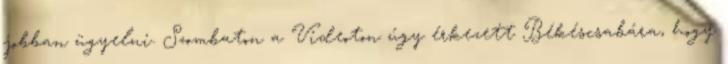
jobban ügyelni. Szombaton a Videoton úgy érkezett Békéscsabára, hogy